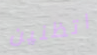
اتظنين